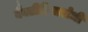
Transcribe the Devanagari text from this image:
बैक्टीरियारोधी